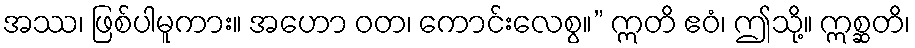
အဿ၊ ဖြစ်ပါမူကား။ အဟော ဝတ၊ ကောင်းလေစွ။” ဣတိ ဧဝံ၊ ဤသို့။ ဣစ္ဆတိ၊